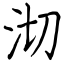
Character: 沏